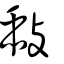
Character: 敮